Insane asylums in Bengal annual reports 1867-1875 - 1867-1875
Year: 1867
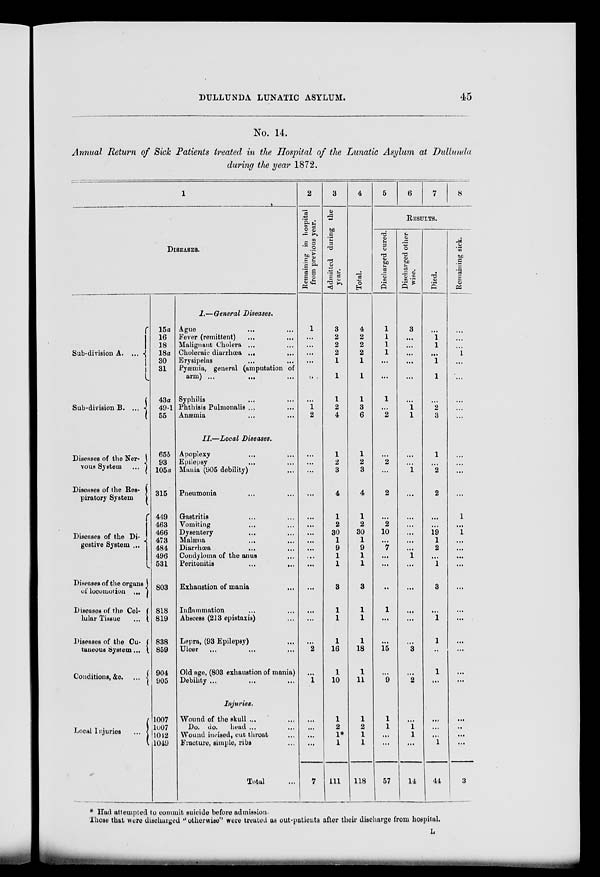
DULLUNDA LUNATIC ASYLUM.
45
No. 14.
Annual Return of Sick Patients treated in the Hospital of the Lunatic Asylum at Dullunda
during the year 1872.
1
DISEASES.
Sub-division A. ...
Sub-division B. ...
Diseases of the Ner¬
vous System ...
Diseases of the Res¬
piratory System
Diseases of the Di-
gestive System ...
Diseases of the organs
of locomotion
...
Diseases of the Cel¬
lular Tissue
...
Diseases of the Cu¬
taneous System...
Condition &c.
...
15a
16
18
18a
30
31
43a
49-1
55
65b
93
105a
315
449
463
466
473
484
496
531
803
818
819
838
859
904
905
I.—General Diseases.
Ague ... ...
Fever (remittent)
...
...
Malignant Cholera ...
Choleraic diarrhœa ...
...
Erysipelas ... ...
Pyæmia, general (amputation of
arm) ... ...
Syphilis ... ... ...
Phthisis Pulmonalis ... ...
Anæmia ... ... ...
II—Local Diseases.
Apoplexy ... ...
Epilepsy ... ...
Mania (905 debility) ...
Pneumonia ... ... ...
Gastritis ... ... ...
Vomiting ... ... ...
Dysentery ... ... ...
Malæna
...
...
Diarrhœa
...
Condyloma of the anus
Peritonitis
...
...
Exhaustion of mania ...
Inflammation ... ...
Abscess (213 epistaxis) ...
Lepra, (93 Epilepsy) ...
Ulcer ... ... ...
Old age, (803 exhaustion of mania)
Debility ...
Injuries.
Local Injuries
...
1007
1007
1042
1049
Wound of the skull ...
Do. do. head ...
Wound incised, cut throat ...
Fracture, simple, ribs ...
Total ...
2
R emaining in hospital
from previous year.
1
...
...
...
...
...
...
1 2
...
...
...
...
...
...
...
...
...
...
...
...
...
...
...
2
...
1
...
...
...
...
7
3
Admitted during the
year.
3
2
2
2
1
1
1
2
4
1
2
3
4
1
2
30
1
9
1
1
3
1
1
1
16
1
10
1
2
1*
1
111
4
Total.
4
2
2
2
1
1
1
3
6
1
2
3
4
1
2
30
1
9
1
1
3
1
1
1
18
1
11
1
2
1
1
118
5
6
7
8
RESULTS.
Discharged cured.
1
1
1
1
...
...
1
...
2
...
2
...
2
...
2
10
...
7
...
...
...
1
...
...
15
...
9
1
1
...
...
57
Discharged other¬
wise.
3
...
...
...
...
...
...
1 1
...
...
1
...
...
...
...
...
...
1
...
...
...
...
...
3
...
2
...
1
1
...
14
Died.
...
1
1
...
1
1
...
2
3
1
...
2
2
...
...
19
1
2
...
1
3
...
1
1
..
1
...
...
...
...
1
44
Remaining sick.
...
...
...
1
...
...
...
...
...
...
...
...
...
1
...
1
...
...
...
...
...
...
...
...
...
...
...
...
...
...
...
3
* Had attempted to commit suicide before admission.
Those that were discharged " otherwise were treated as out-patients after their discharge from hospital.
L